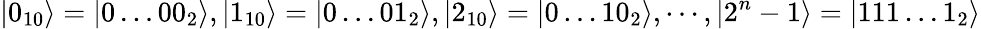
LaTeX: |0_{10}\rangle=|0\dots 00_{2}\rangle,|1_{10}\rangle=|0\dots 01_{2}\rangle,|2_{10}\rangle=|0\dots 10_{2}\rangle,\cdots,|2^{n}-1\rangle=|111\dots 1_{2}\rangle